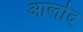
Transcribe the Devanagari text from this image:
आलोद